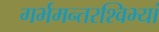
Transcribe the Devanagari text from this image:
गर्भमन्तरश्विभ्यां